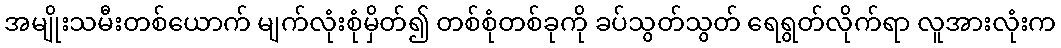
အမျိုးသမီးတစ်ယောက် မျက်လုံးစုံမှိတ်၍ တစ်စုံတစ်ခုကို ခပ်သွတ်သွတ် ရေရွတ်လိုက်ရာ လူအားလုံးက